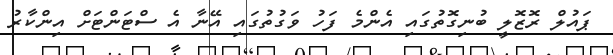
ޕައުލް ރޮޒޮލީ ބުނިގޮތުގައި އެންމެ ފަހު ވަގުތުގައި އޭނާ އެ ސްޓަންޓަށް އިންކާރު